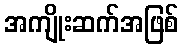
အကျိုးဆက်အဖြစ်